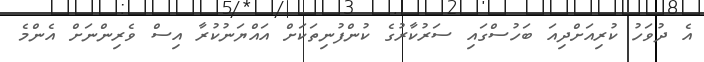
އެ ދުވަހު ކުރިއަށްދިއަ ބަހުސްގައި ސަރުކާރުގެ ކުންފުނިތަކަށް އައްޔަނުކުރާ އިސް ވެރިންނަށް އެންމެ